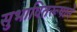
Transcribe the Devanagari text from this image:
सुभाषितरूपाने